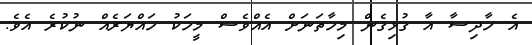
އެ ހާދިސާ އާ ގުޅިގެން މިހާތަނަށް އެއްވެސް މީހަކު ހައްޔަރެއް ނުކުރެ އެވެ.